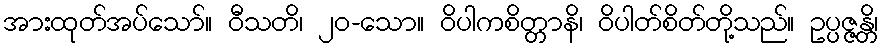
အားထုတ်အပ်သော်။ ဝီသတိ၊ ၂၀-သော။ ဝိပါကစိတ္တာနိ၊ ဝိပါတ်စိတ်တို့သည်။ ဥပ္ပဇ္ဇန္တိ၊